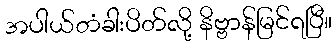
အပါယ်တံခါးပိတ်လို့ နိဗ္ဗာန်မြင်ရပြီ။